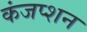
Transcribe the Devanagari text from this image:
कंजप्शन